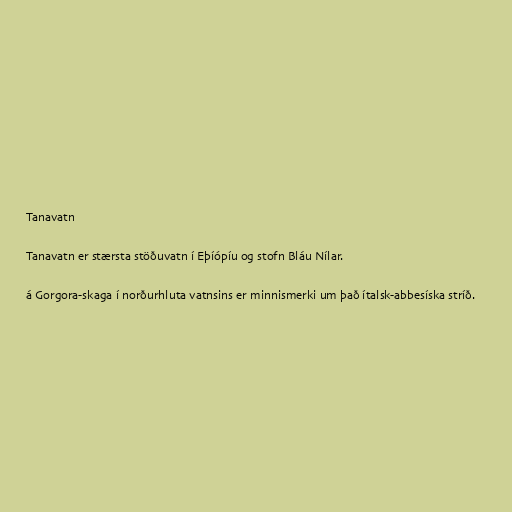
Tanavatn

Tanavatn er stærsta stöðuvatn í Eþíópíu og stofn Bláu Nílar.

á Gorgora-skaga í norðurhluta vatnsins er minnismerki um það ítalsk-abbesíska stríð.